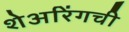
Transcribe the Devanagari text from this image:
शेअरिंगची